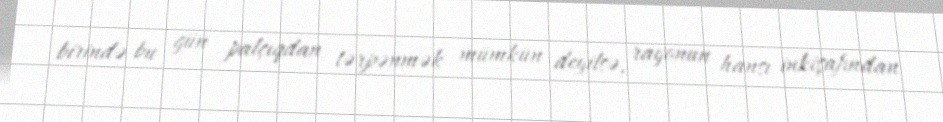
birində bu gün palçıqdan tərpənmək mümkün deyilsə, rayonun hansı inkişafından